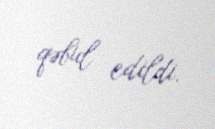
qəbul edildi.